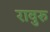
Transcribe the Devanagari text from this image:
रावुरु